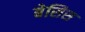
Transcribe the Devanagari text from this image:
बेसिस